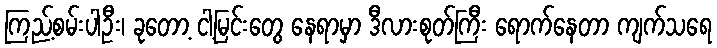
ကြည့်စမ်းပါဦး၊ ခုတော့ ငါ့မြင်းတွေ နေရာမှာ ဒီလားစုတ်ကြီး ရောက်နေတာ ကျက်သရေ